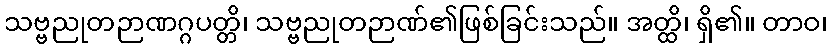
သဗ္ဗညုတဉာဏဂ္ဂပတ္တိ၊ သဗ္ဗညုတဉာဏ်၏ဖြစ်ခြင်းသည်။ အတ္ထိ၊ ရှိ၏။ တာဝ၊